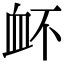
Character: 衃